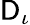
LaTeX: \mathsf{D}_{\iota}